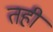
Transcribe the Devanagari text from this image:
तहीं